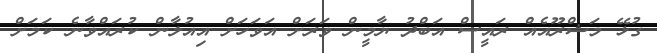
ގުޅޭ މަޝްރޫއެއް ރައީސް އަބްދު ޔާމީން ވަރަށް އަވަހަށް އިއުލާން ކުރައްވާނެ ކަމަށް